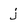
Character: j